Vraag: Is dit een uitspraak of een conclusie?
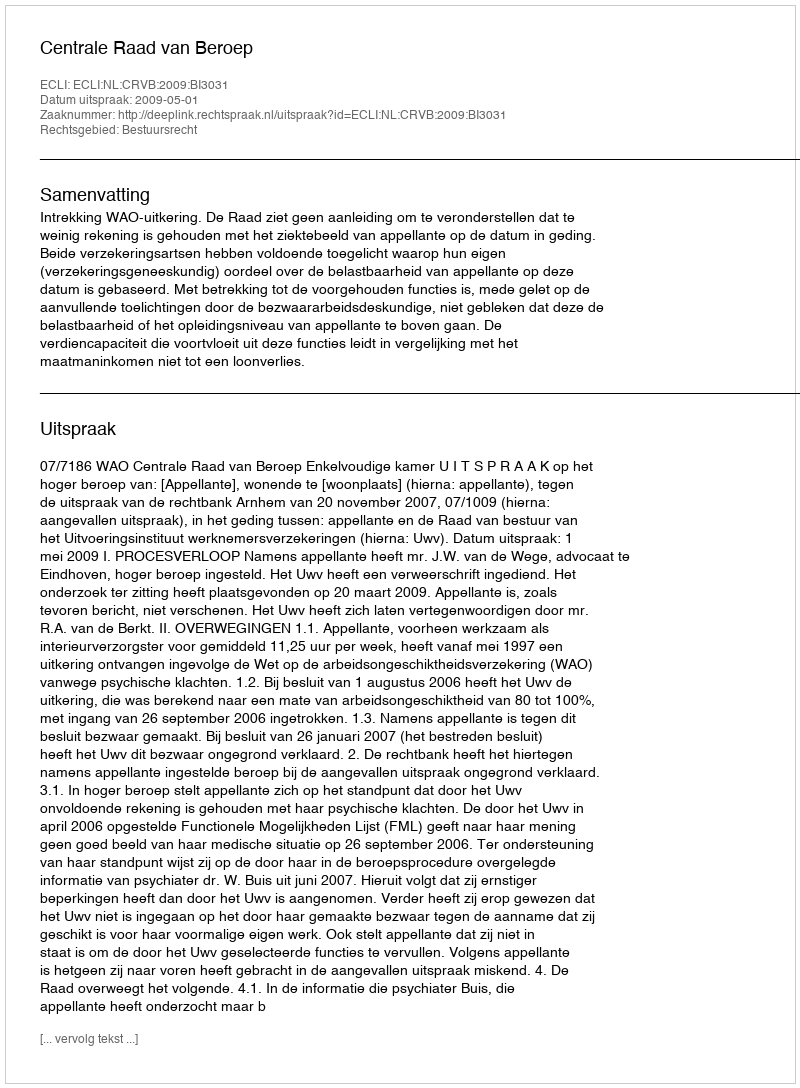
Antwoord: Uitspraak